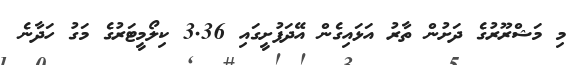
މި މަޝްރޫރުގެ ދަށުން ތާރު އަޅައިގެން އޭދަފުށީގައި 3.36 ކިލޯމީޓަރުގެ މަގު ހަދާނެ